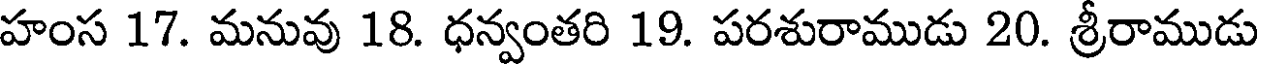
హంస 17. మనువు 18. ధన్వంతరి 19. పరశురాముడు 20. శ్రీరాముడు